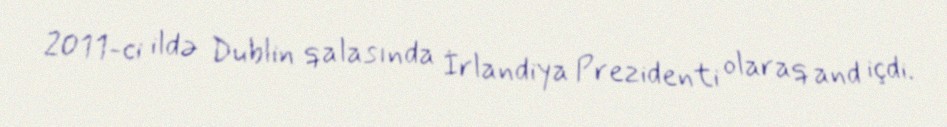
2011-ci ildə Dublin qalasında İrlandiya Prezidenti olaraq and içdi.